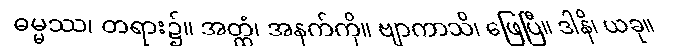
ဓမ္မဿ၊ တရား၌။ အတ္ထံ၊ အနက်ကို။ ဗျာကာသိ၊ ဖြေပြီ။ ဒါနိ၊ ယခု။